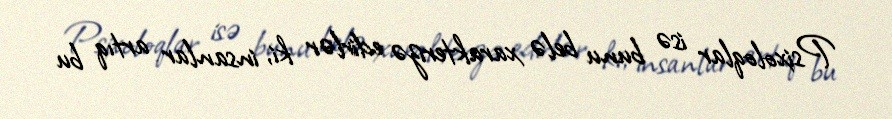
Psixoloqlar isə bunu belə xarakterizə edirlər ki, insanlar artıq bu